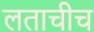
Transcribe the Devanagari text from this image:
लताचीच